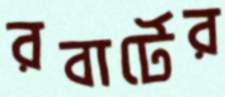
রবার্টের